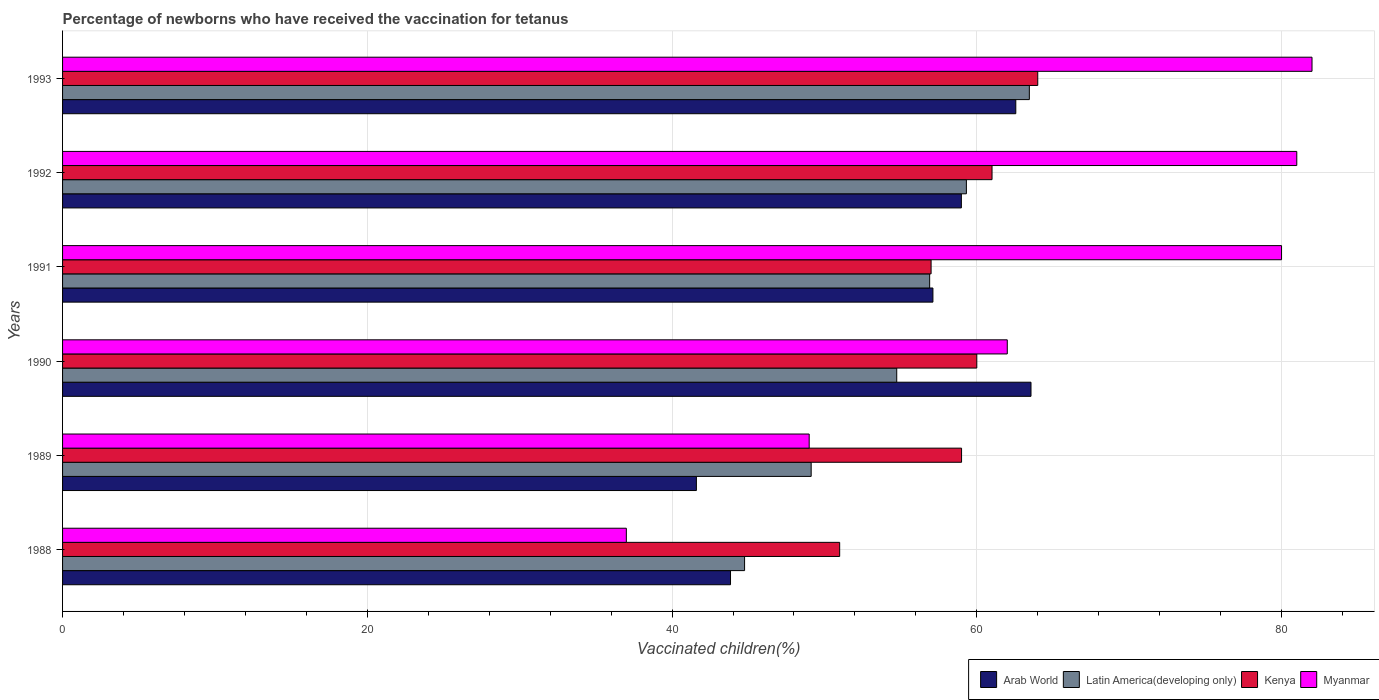
| Years | Arab World | Latin America(developing only) | Kenya | Myanmar |
 | --- | --- | --- | --- | --- |
 | 1988 | 43.8 | 44.8 | 51 | 37 |
 | 1989 | 41.6 | 49.1 | 59 | 49 |
 | 1990 | 63.6 | 54.7 | 60 | 62 |
 | 1991 | 57.1 | 56.9 | 57 | 80 |
 | 1992 | 59 | 59.3 | 61 | 81 |
 | 1993 | 62.6 | 63.4 | 64 | 82 |